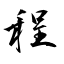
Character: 程